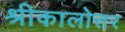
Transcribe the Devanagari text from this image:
श्रीकालोत्तर